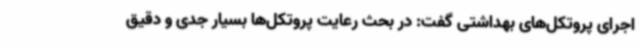
اجرای پروتکل‌های بهداشتی گفت: در بحث رعایت پروتکل‌ها بسیار جدی و دقیق